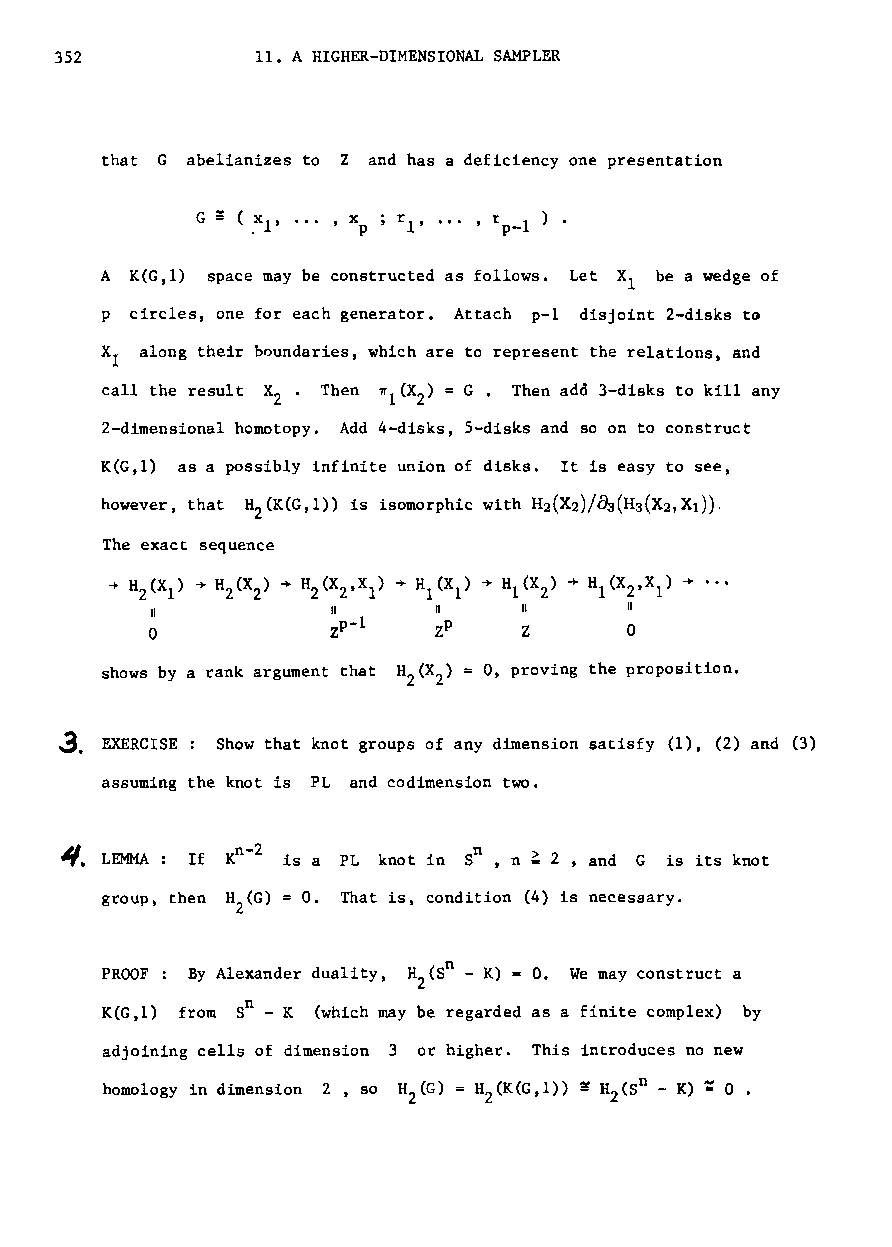
35Z          11. A HIGHER-DIMENSIONAL SAMPLER
 that G abelianizes to Z and has a deficiency one presentation
 G ~ ( ,xl' ... , xp ; rl' ... , I P-1 ) ·
 A K(G,I) space may be constructed as follows. Let Xl be a wedge of
 p circles, one for each generator. Attach p-I disjoint 2-disks to
 XI along their boundaries, which are to represent the relations, and
 call the result X ' Then n (X ) = G. Then add 3-disks to kill any
 Z       i Z
 2-dimensional homotopy. Add 4-disks, 5-disks and so on to construct
 K(G,I) as a possibly infinite union of disks. It is easy to see,
 The exact sequence
 -+ H 2(X I) -+ H 2(X 2) -+ H 2(X 2,X 1) -+- HI(Xl) ~ HI(X Z) -* HI(X Z,Xl) -+ '"
 II          II     "     II     "
 0           Zp-l   Zp    Z      0
 shows by a rank argument that H (X ) 0, proving the proposition.
 2 2
 3.
 EXERCISE Show that knot groups of any dimension satisfy (1), (2) and (3)
 assuming the knot is PL and codimension two.
 ~.          n Z                ~
 LEMMA: If K - is a PL knot in Sn, n 2 , and G is its knot
 group~ then H (G) = O. That is, condition (4) is necessary.
 2
 PROOF : By Alexander duality, H (So - K) = O. We may construct a
 2
 K(G,I) from Sn - K (which may be regarded as a finite complex) by
 adjoining cells of dimension 3 or higher. This introduces no new
 =
 homology in dimension 2 ,so H 2(G) = H 2(K(G,I» ~ H 2(SD - K) 0 •